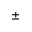
\pm